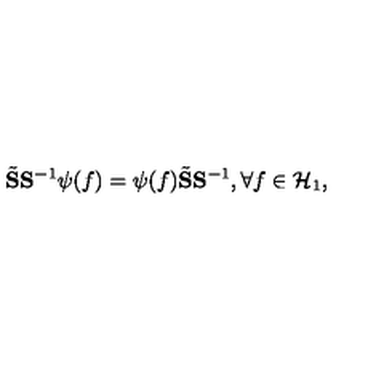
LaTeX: \tilde { \bf S } { \bf S } ^ { - 1 } \psi ( f ) = \psi ( f ) \tilde { \bf S } { \bf S } ^ { - 1 } , \forall f \in { \cal H } _ { 1 } ,